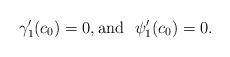
LaTeX: \begin{align*} \gamma_1'(c_0) =0, \mbox{and} \ \ \psi_1'(c_0)= 0.\end{align*}